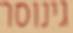
גינוסר